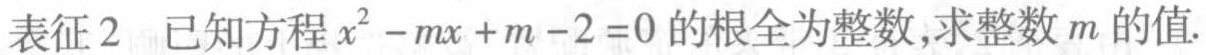
表征2 已知方程\(x^{2}-mx + m - 2 = 0\)的根全为整数,求整数\(m\)的值.